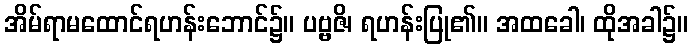
အိမ်ရာမထောင်ရဟန်းဘောင်၌။ ပဗ္ဗဇိ၊ ရဟန်းပြု၏။ အထခေါ၊ ထိုအခါ၌။